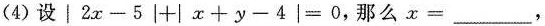
(4)设$$│ 2 x - 5 | + | x + y - 4 | = 0$$,那么$$x =$$___，